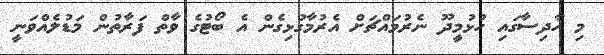
މި ހާދިސާގައި ހުޅުމީދޫ ނެރުމައްޗަށް އެރުމާގުޅިގެން އެ ބޯޓުގެ ވާތް ފަރާތުން މަޑުލެއްވަނީ